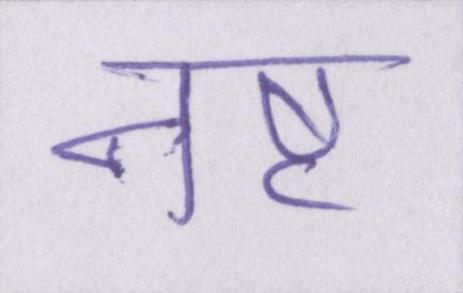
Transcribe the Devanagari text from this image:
नष्ट